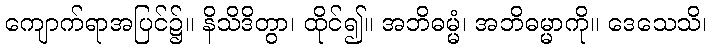
ကျောက်ရာအပြင်၌။ နိသိဒိတွာ၊ ထိုင်၍။ အဘိဓမ္မံ၊ အဘိဓမ္မာကို။ ဒေသေသိ၊